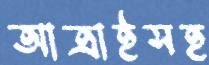
আত্রাইসহ